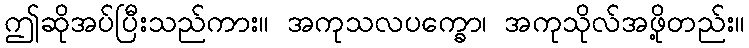
ဤဆိုအပ်ပြီးသည်ကား။ အကုသလပက္ခော၊ အကုသိုလ်အဖို့တည်း။